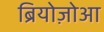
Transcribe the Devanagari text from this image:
ब्रियोज़ोआ